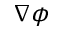
\nabla { \phi }